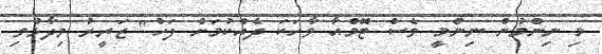
މި ނިންމުން ނިންމީ ވެސް ޓޮމްއާ ވާހަކަ ދެއްކުމަށް ފަހު" ޒަރީރު ވިދާޅުވި